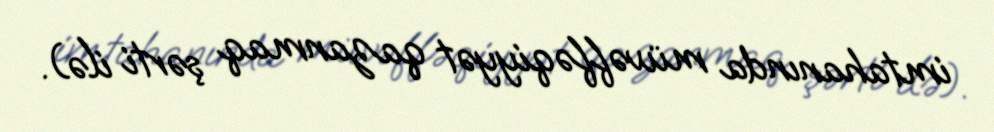
imtahanında müvəffəqiyyət qazanmaq şərti ilə).